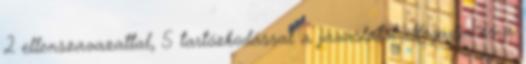
2 ellenszavazattal, 5 tartózkodással a javaslatot elfogadja és a